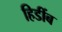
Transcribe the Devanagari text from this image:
हिडींब